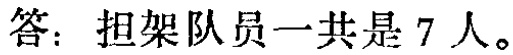
答：担架队员一共是 7 人。